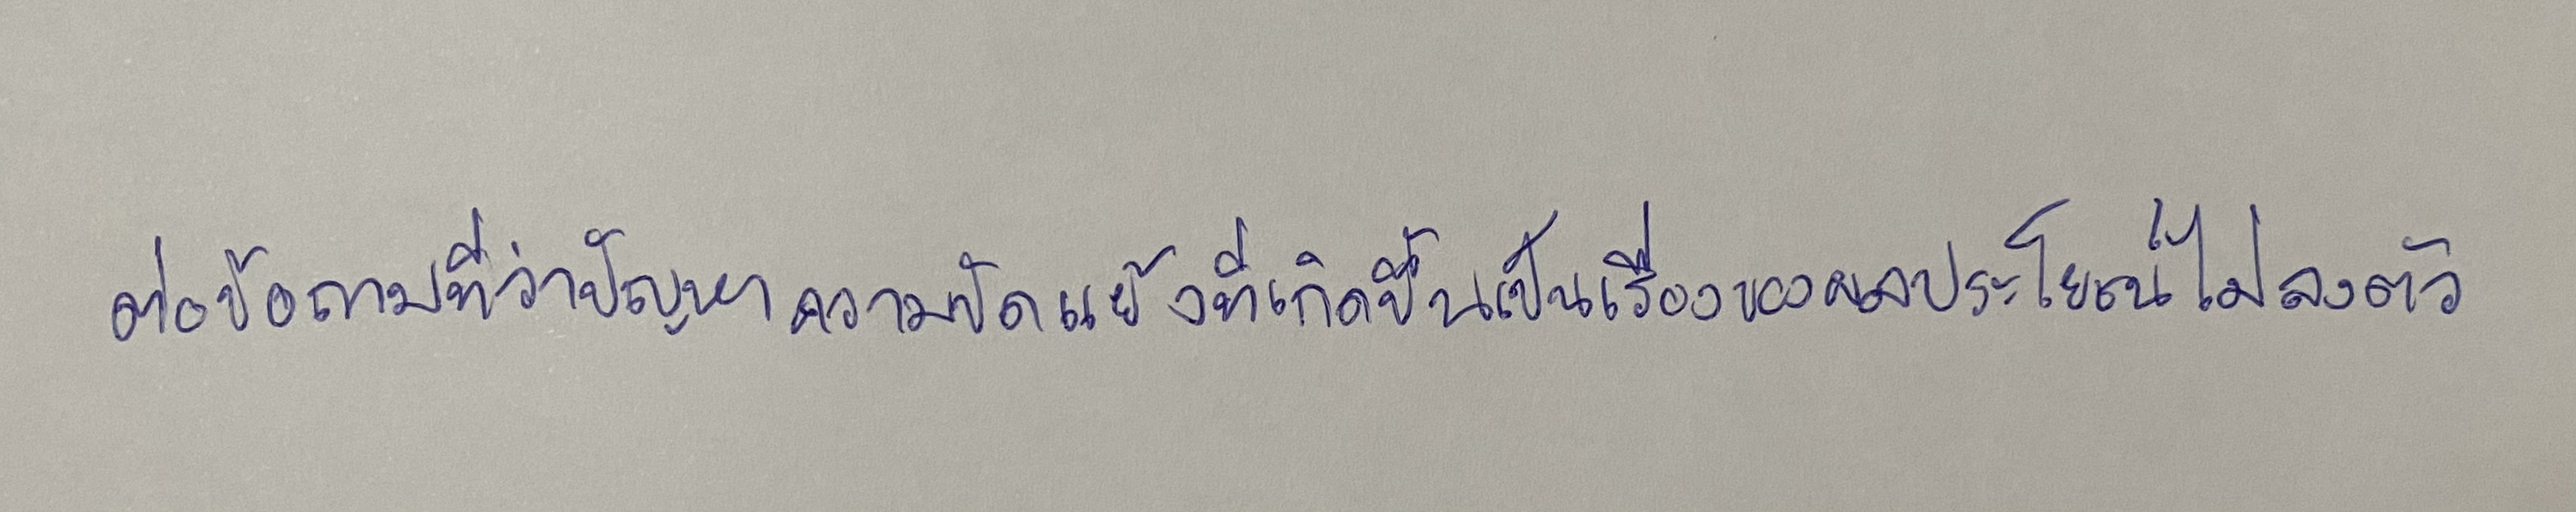
ต่อข้อถามที่ว่าปัญหาความขัดแย้งที่เกิดขึ้นเป็นเรื่องของผลประโยชน์ไม่ลงตัว